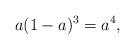
LaTeX: \begin{align*}a(1-a)^3=a^4,\end{align*}